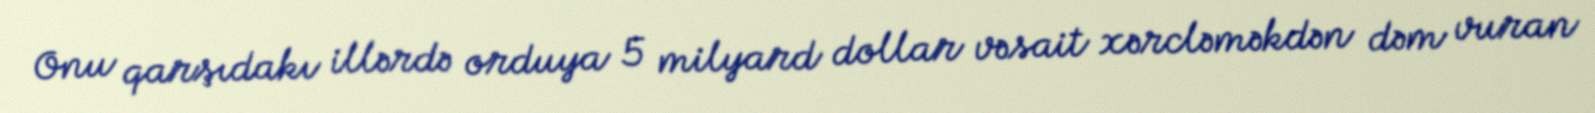
Onu qarşıdakı illərdə orduya 5 milyard dollar vəsait xərcləməkdən dəm vuran